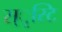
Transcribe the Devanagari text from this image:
स्ृस्टि